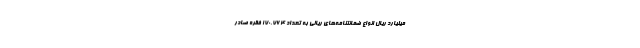
میلیارد ریال انواع ضمانتنامه‌های ریالی به تعداد 170.764 فقره صادر